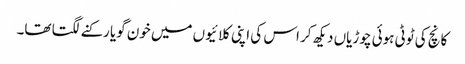
کانچ کی ٹوٹی ہوئی چوڑیاں دیکھ کر اس کی اپنی کلائیوں میں خون گویا رکنے لگتا تھا۔